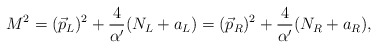
\begin{align*}M^2=(\vec{p}_L)^2+{4\over{\alpha^{\prime}}}(N_L+a_L)=(\vec{p}_R)^2+{4\over{\alpha^{\prime}}}(N_R+a_R),\end{align*}